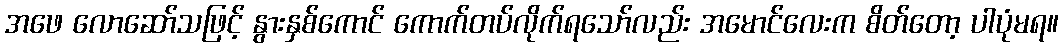
အဖေ လောဆော်သဖြင့် နွားနှစ်ကောင် ကောက်တပ်လိုက်ရသော်လည်း အမောင်လေးက စိတ်တော့ ပါပုံမရ။